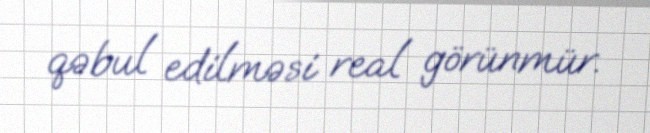
qəbul edilməsi real görünmür.